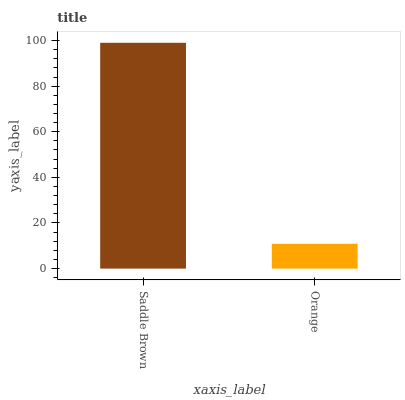
| xaxis_label | bars |
 | --- | --- |
 | Saddle Brown | 99 |
 | Orange | 10.9 |